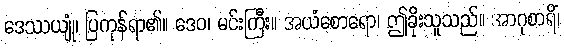
ဒေဿယျုံ၊ ပြကုန်ရာ၏။ ဒေဝ၊ မင်းကြီး။ အယံစောရော၊ ဤခိုးသူသည်။ အာဂုစာရိံ၊